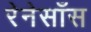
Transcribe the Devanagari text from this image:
रेनेसाँस